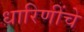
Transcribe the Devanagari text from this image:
धारिणींचे